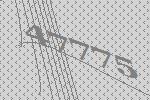
47775